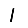
Digit: 1